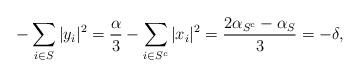
LaTeX: \begin{align*} -\sum_{i \in S} |y_i|^2 = \frac{\alpha}{3} - \sum_{i \in S^c} |x_i|^2 = \frac{2\alpha_{S^c}-\alpha_S}{3} = -\delta,\end{align*}